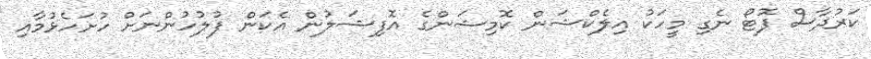
ކަރުދާސް ފޮޓޯ ނެގި މީހަކު އިލެކްޝަން ކޮމިޝަންގެ އޮފިޝަލުން އެކަން ފުލުހުންނަށް ހުށަހެޅުމާއި